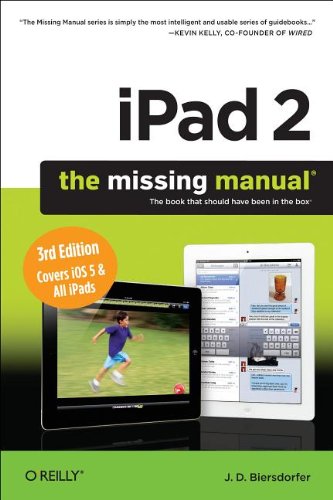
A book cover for iPad 2: The Missing Manual (Missing Manuals); J. D. Biersdorfer; Computers & Technology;